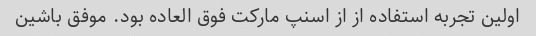
اولین تجربه استفاده از از اسنپ مارکت فوق العاده بود. موفق باشین